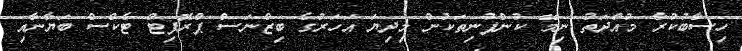
ހިސާބުކުރާ މުއްދަތު ނިމޭ ކުންފުނިތަކުން މިދިޔަ އަހަރުގެ ބިޒްނަސް ޕްރޮފިޓް ޓެކްސް ބަޔާނާއި